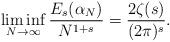
LaTeX: \begin{align*}\liminf_{N\rightarrow\infty}\frac{E_{s}(\alpha_{N})}{N^{1+s}}=\frac{2\zeta(s)}{(2\pi)^{s}}.\end{align*}